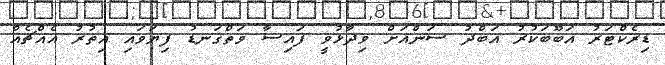
ޑިރެކްޓަރު އަބޫބަކުރު އަބްދު ސަންއަށް ވިދާޅުވީ ފައިސާ ވަތްގަނޑު ފިޔަވައި އިތުރު އެއްޗެއް